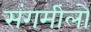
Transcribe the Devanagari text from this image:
संगमीलों